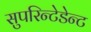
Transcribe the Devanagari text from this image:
सुपरिन्टेडेन्ट